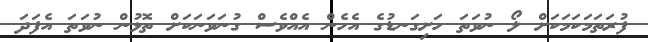
ފުރަތަމަކަމަކަށް ލޯ ނުވަތަ ހަށިގަނޑުގެ އެހެން އެއްވެސް ގުނަވަނަކަށް ތޮޅުން ނުވަތަ އެފަދަ